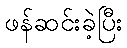
ဖန်ဆင်းခဲ့ပြီး